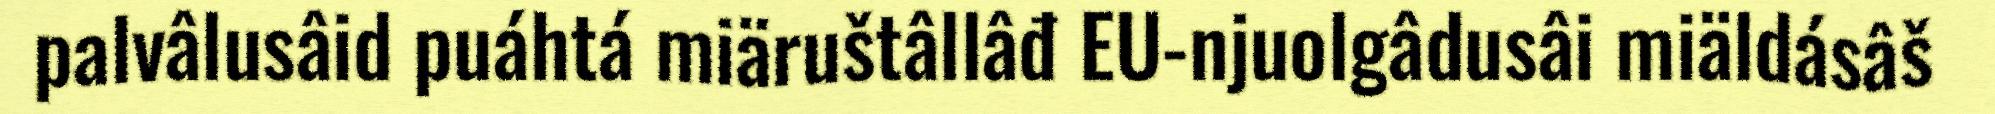
palvâlusâid puáhtá miäruštâllâđ EU-njuolgâdusâi miäldásâš